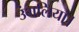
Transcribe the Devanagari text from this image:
उंगलियां।